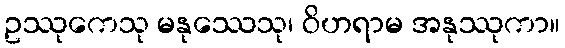
ဥဿုကေသု မနုဿေသု၊ ဝိဟရာမ အနုဿုကာ။